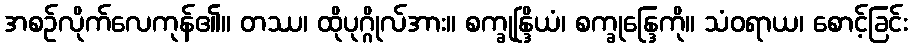
အစဉ်လိုက်လေကုန်၏။ တဿ၊ ထိုပုဂ္ဂိုလ်အား။ စက္ခုန္ဒြိယံ၊ စက္ခုန္ဒြေကို။ သံဝရာယ၊ စောင့်ခြင်း